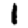
Digit: 1